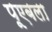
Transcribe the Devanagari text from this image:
पूएबला